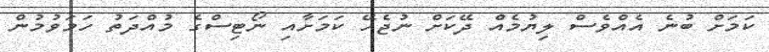
ކަމަށް ބުނެ އެއްވެސް ލިޔުމެއް ދޭކަށް ނުޖެހޭ ކަމަށާއި ނޯޓިސްގެ މުއްދަތު ހަމަވުމުން